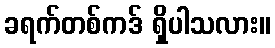
ခရက်တစ်ကဒ် ရှိပါသလား။